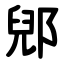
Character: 郳